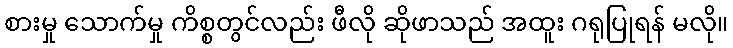
စားမှု သောက်မှု ကိစ္စတွင်လည်း ဖီလို ဆိုဖာသည် အထူး ဂရုပြုရန် မလို။